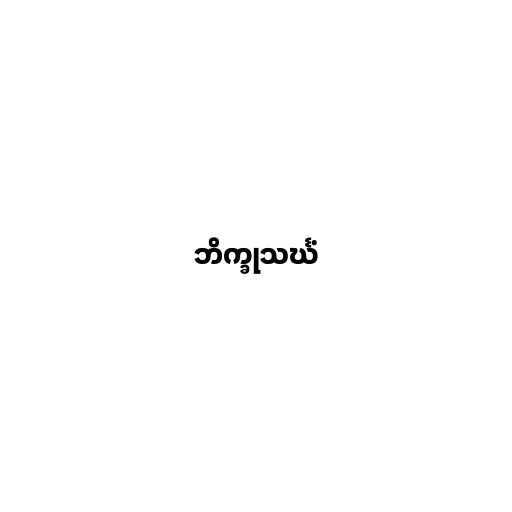
ဘိက္ခုသင်္ဃံ